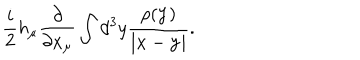
LaTeX: \frac { i } { 2 } h _ { \mu } \frac { \partial } { \partial x _ { \mu } } \int d ^ { 3 } y \frac { \rho ( { \bf y } ) } { | { \bf x } - { \bf y } | } .